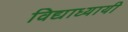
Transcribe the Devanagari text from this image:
विद्याध्यायी